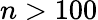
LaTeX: n>100